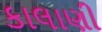
કાલાણી